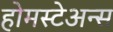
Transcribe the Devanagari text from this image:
होमस्टेअन्स